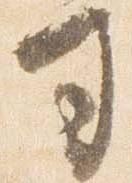
司